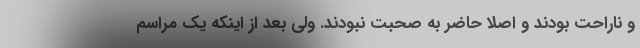
و ناراحت بودند و اصلاً حاضر به صحبت نبودند. ولی بعد از اینکه یک مراسم